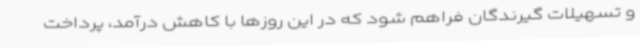
و تسهیلات گیرندگان فراهم شود که در این روزها با کاهش درآمد، پرداخت